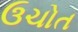
ઉચોત